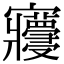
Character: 𡬓